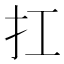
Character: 扛